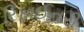
રિફાઈનરી